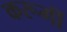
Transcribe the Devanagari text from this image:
करूगीं